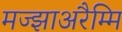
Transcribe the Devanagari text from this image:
मज्झाअरैम्मि